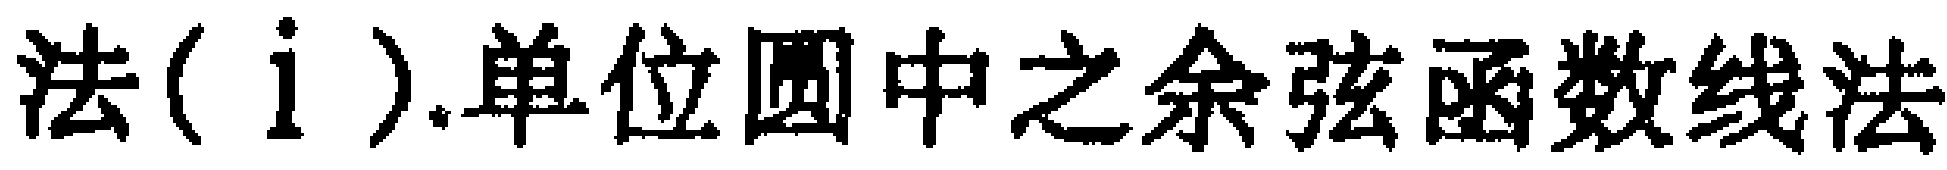
法(i).单位圆中之余弦函数线法